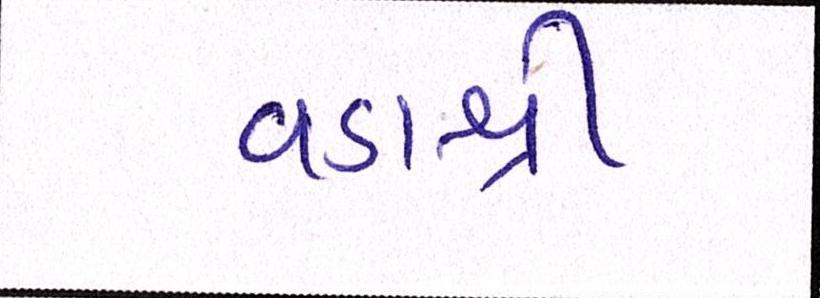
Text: વડાશ્રી